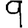
Digit: 9